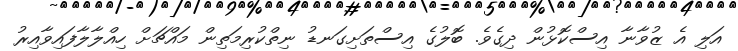
އަލި އެ ޒުވާނާ އިސްކޮޅުން ދިގެވެ. ބޮލުގެ އިސްތަށިގަނޑު ނިތްކުރިމަތިން މައްޗަށް ހިއްލާލާފައިވާއިރު